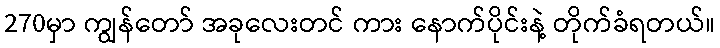
270မှာ ကျွန်တော် အခုလေးတင် ကား နောက်ပိုင်းနဲ့ တိုက်ခံရတယ်။